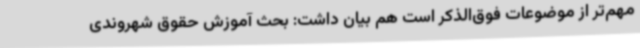
مهم‌تر از موضوعات فوق‌الذکر است هم بیان داشت: بحث آموزش حقوق شهروندی